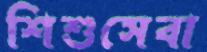
শিশুসেবা